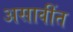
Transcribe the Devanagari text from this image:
असावींत